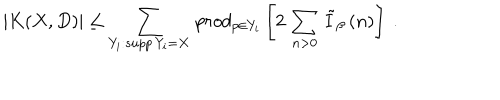
\left. | K ( X , D ) | \leq \sum _ { Y _ { i } : s u p p \, Y _ { i } = X } \, p r o d _ { p \in Y _ { i } } \left[ 2 \, \sum _ { n > 0 } \, \tilde { I } _ { \beta } \, ( n ) \right] \ . \right.